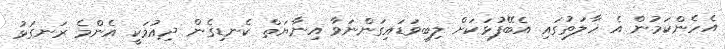
އެހެންކަމުން އެ ހާލަތުގައި އެބޭފުޅަކަށް ލިބިވަޑައިގަންނަވާ އިނާޔަތް ކެނޑިގެން ދިއުމަކީ އެންމެ ރަނގަޅު